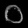
Digit: ၀